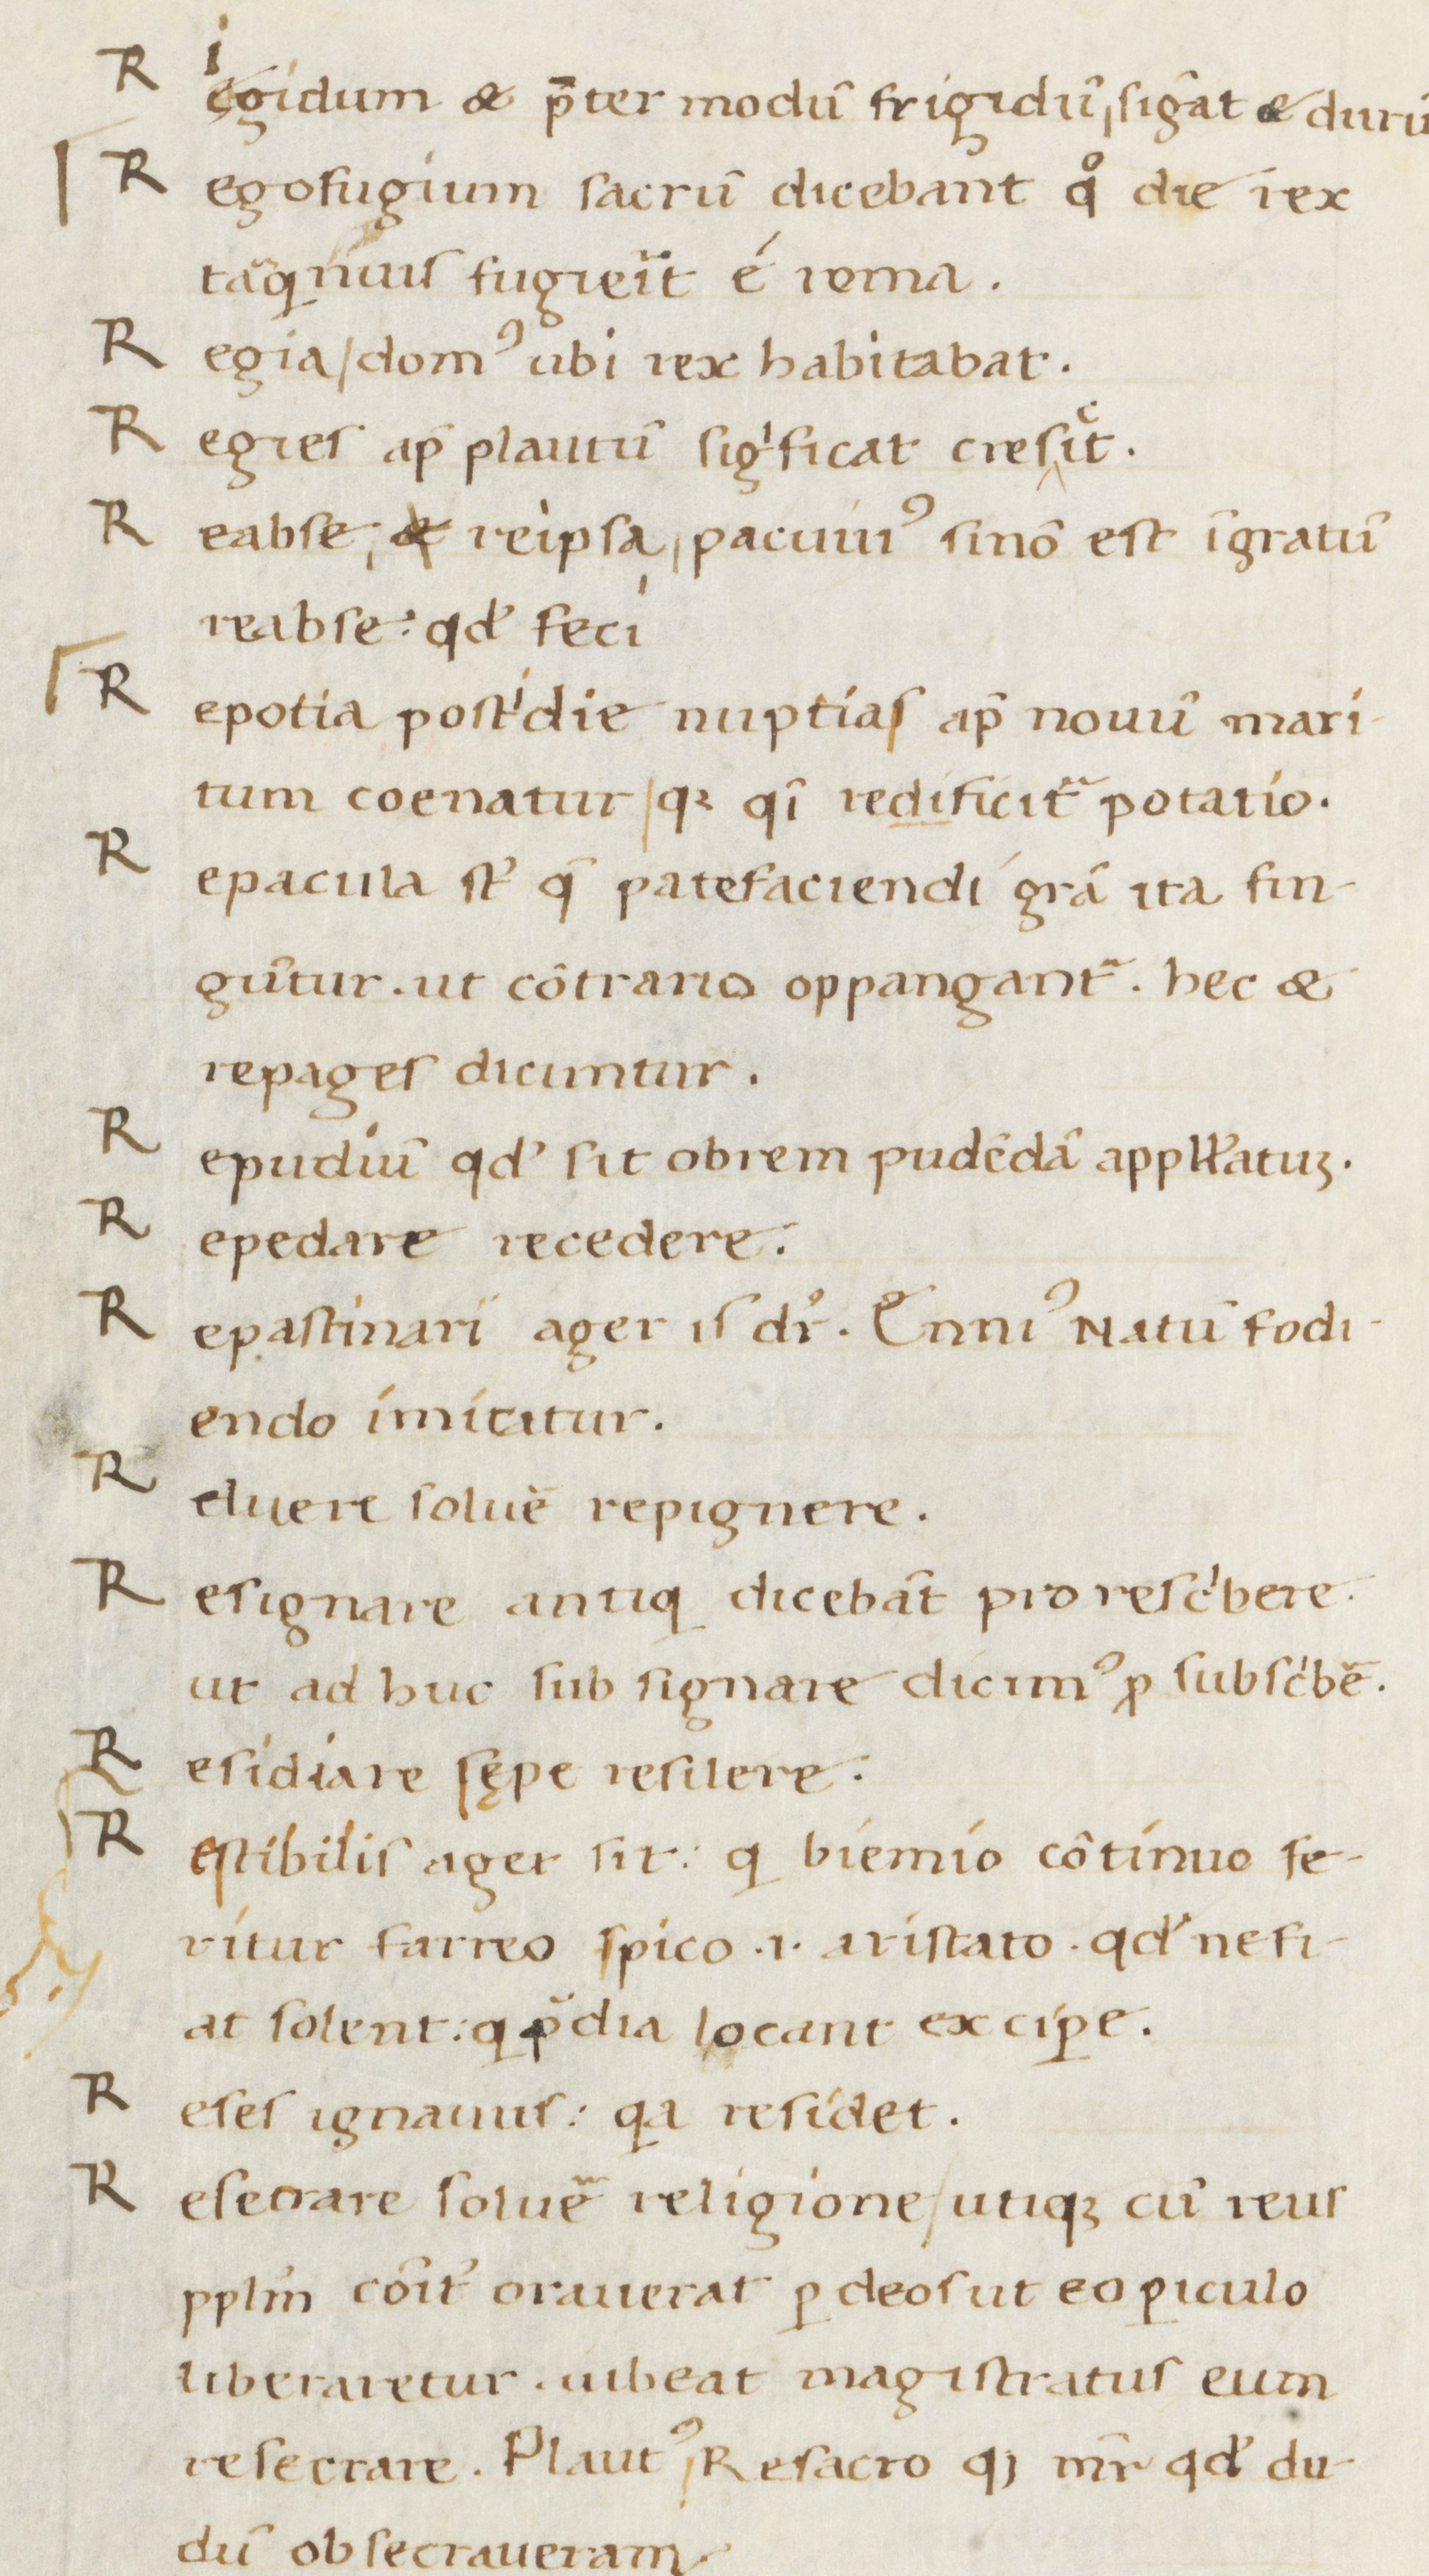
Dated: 1400–1499